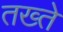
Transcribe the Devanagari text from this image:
तख्‍ते